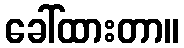
ခေါ်ထားတာ။